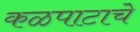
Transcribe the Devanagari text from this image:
कळपाटाचे